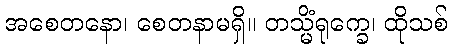
အစေတနော၊ စေတနာမရှိ။ တသ္မိံရုက္ခေ၊ ထိုသစ်